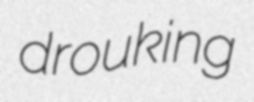
drouking